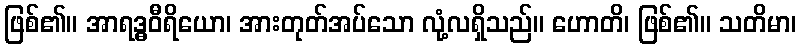
ဖြစ်၏။ အာရဒ္ဓဝီရိယော၊ အားတုတ်အပ်သော လုံ့လရှိသည်။ ဟောတိ၊ ဖြစ်၏။ သတိမာ၊